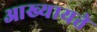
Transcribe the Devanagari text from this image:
आख्यायते